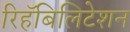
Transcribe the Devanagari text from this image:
रिहॅबिलिटेशन